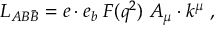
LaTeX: L _ { A B \bar { B } } = e \cdot e _ { b } \; F ( q ^ { 2 } ) \; A _ { \mu } \cdot k ^ { \mu } \; ,